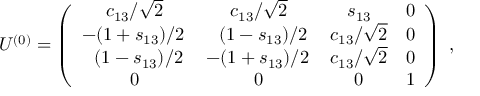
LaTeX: U ^ { ( 0 ) } = \left( \begin{array} { c c c c } { { c _ { 1 3 } / \sqrt { 2 } } } & { { c _ { 1 3 } / \sqrt { 2 } } } & { { s _ { 1 3 } } } & { { 0 } } \\ { { - ( 1 + s _ { 1 3 } ) / { 2 } \, } } & { { \; \, ( 1 - s _ { 1 3 } ) / 2 } } & { { c _ { 1 3 } / \sqrt { 2 } } } & { { 0 } } \\ { { \; \, ( 1 - s _ { 1 3 } ) / 2 } } & { { - ( 1 + s _ { 1 3 } ) / 2 \, } } & { { c _ { 1 3 } / \sqrt { 2 } } } & { { 0 } } \\ { { 0 } } & { { 0 } } & { { 0 } } & { { 1 } } \end{array} \right) \; ,